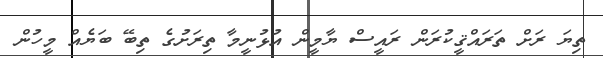
ތިޔަ ރަށް ތަރައްޤީކުރަން ރައީސް ޔާމީން އުޅުނީމާ ތިރަށުގެ ތިބޭ ބަޔެއް މީހުން